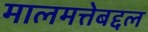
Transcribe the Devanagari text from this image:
मालमत्तेबद्दल